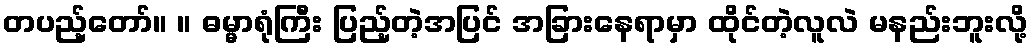
တပည့်တော်။ ။ ဓမ္မာရုံကြီး ပြည့်တဲ့အပြင် အခြားနေရာမှာ ထိုင်တဲ့လူလဲ မနည်းဘူးလို့